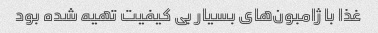
غذا با ژامبون‌های بسیار بی کیفیت تهیه شده بود